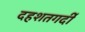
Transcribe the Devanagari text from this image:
दहशतगर्दी